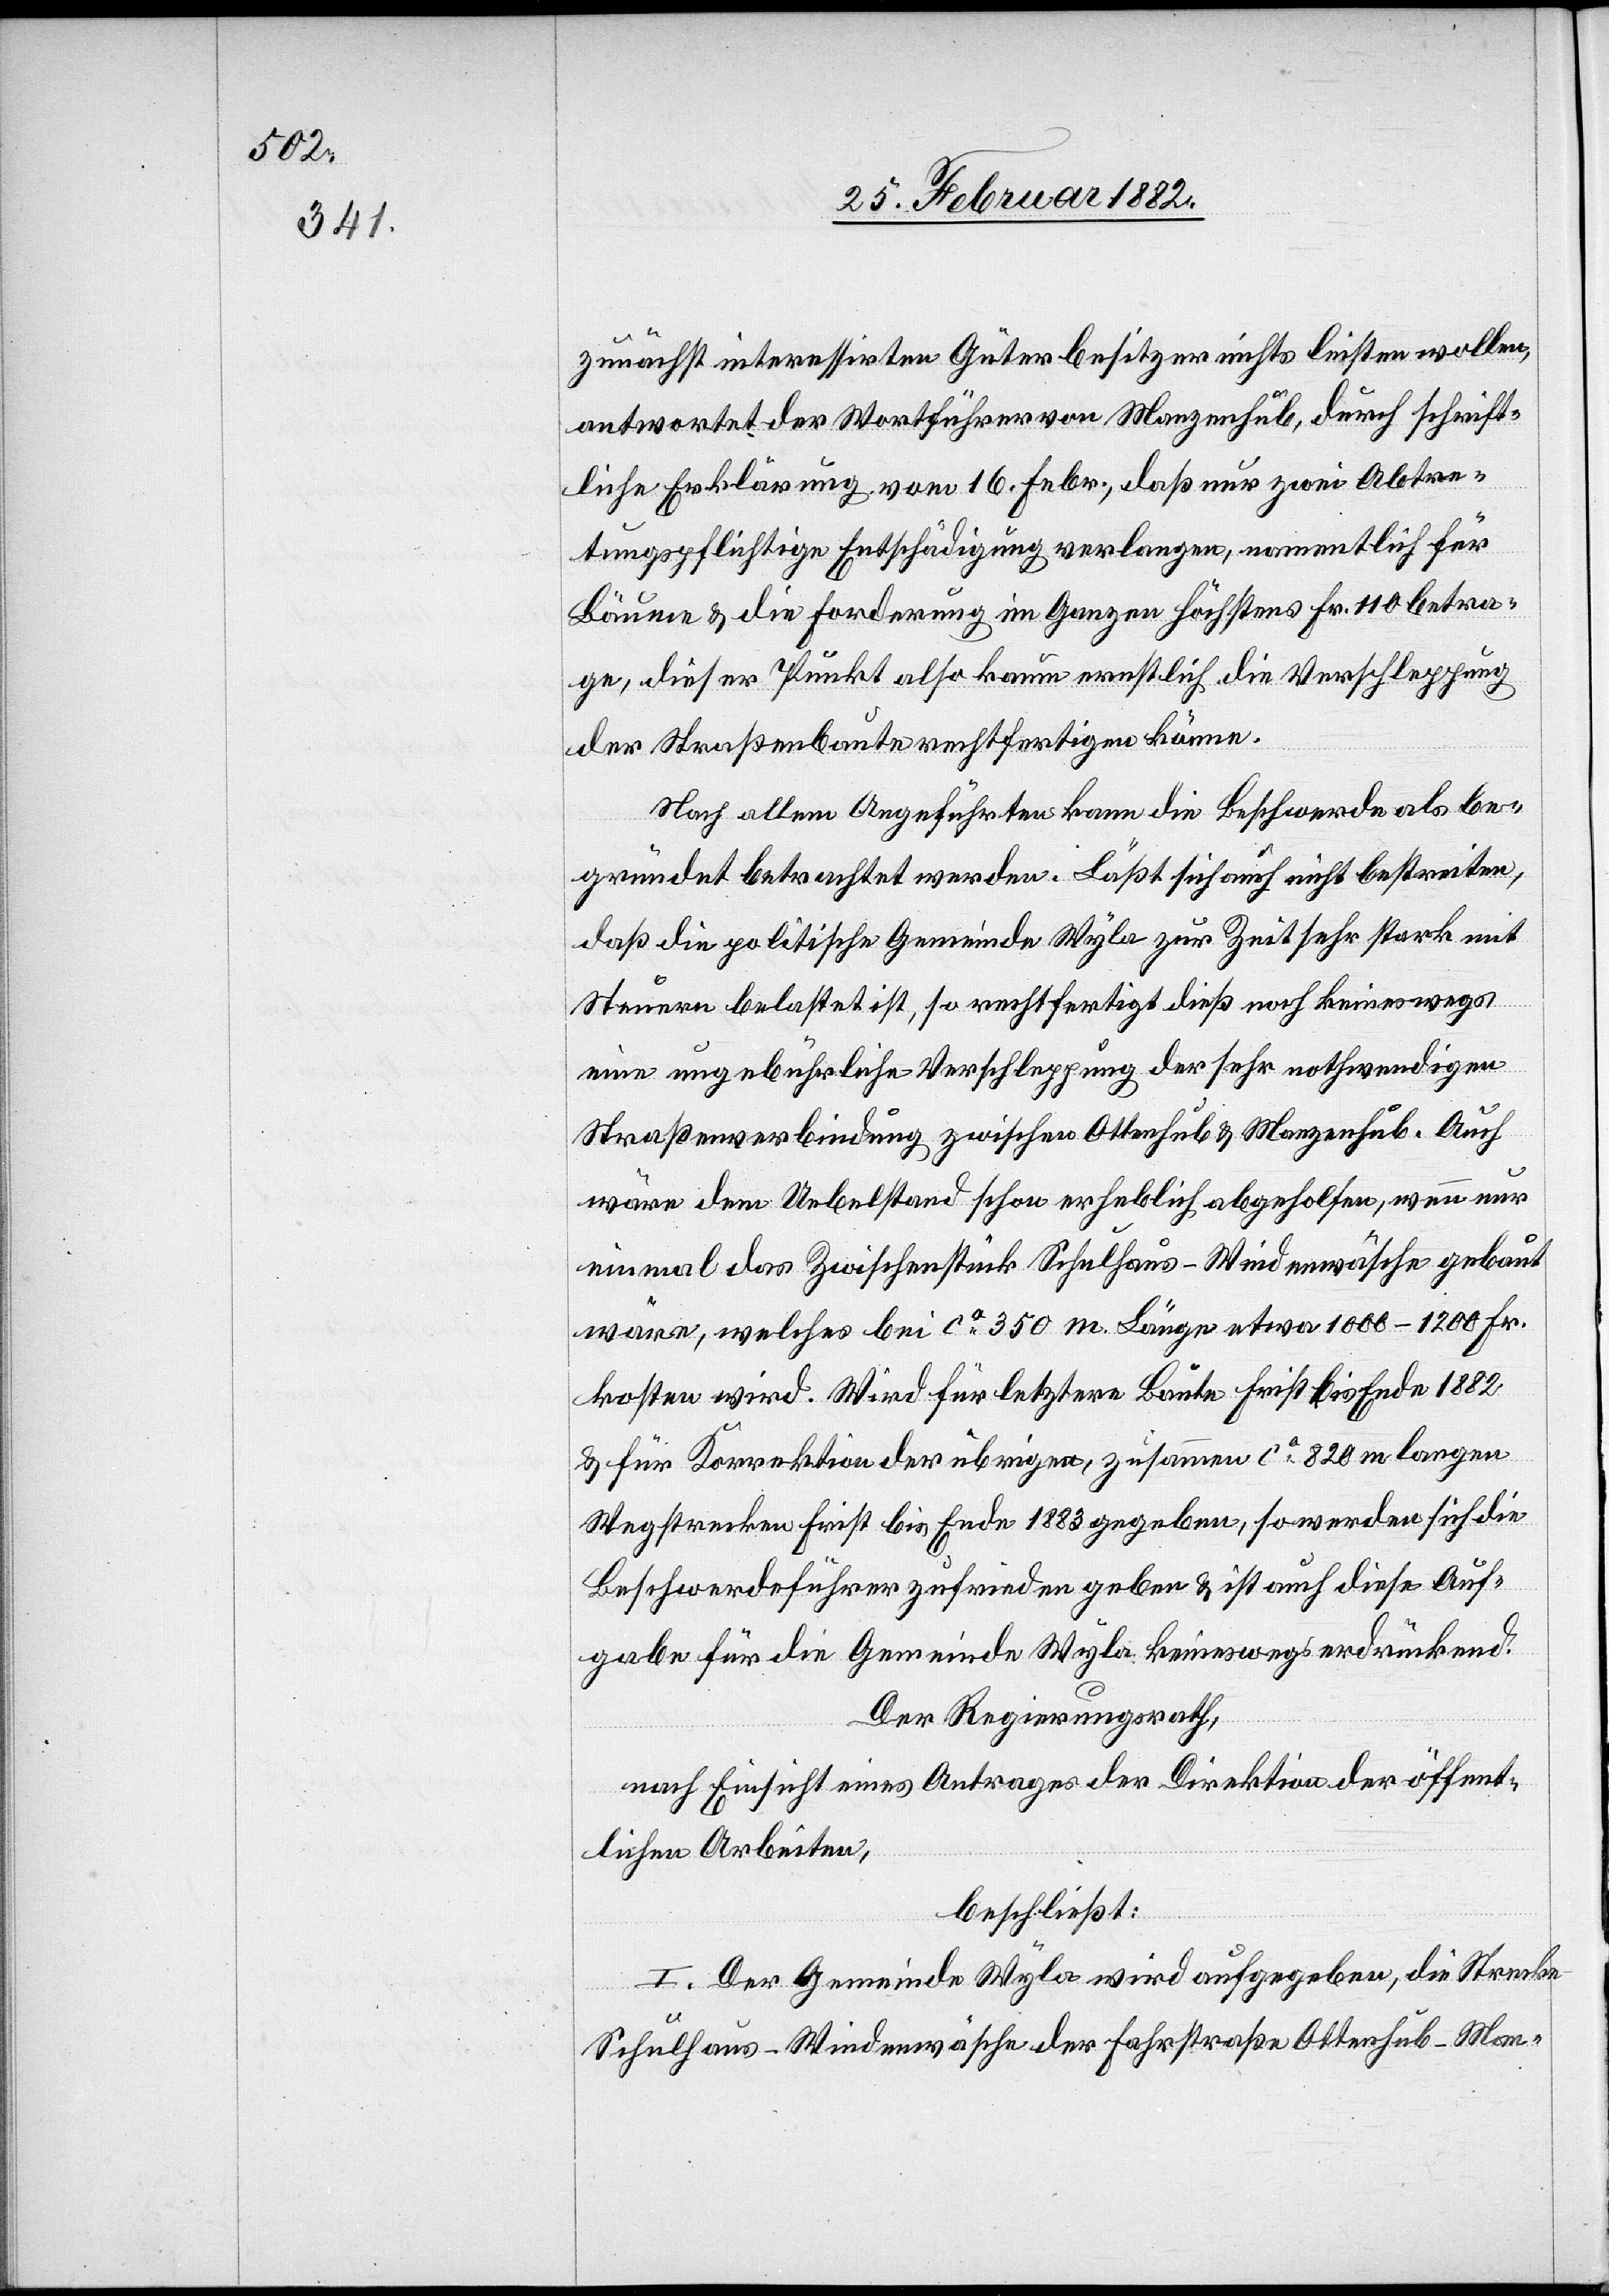
zunächst interessierten Güterbesitzer nichts leisten wollen,
antwortet der Wortführer von Manzenhub, durch schrift¬
liche Erklärung vom 16. Febr., daß nur zwei Abtre¬
tungspflichtige Entschädigung verlangen, namentlich für
Bäume & die Forderung im Ganzen höchstens Fr. 110 betra¬
ge, dieser Punkt also kaum rechtlich die Verschleppung
der Straßenbaute rechtfertigen könne.
Nach allem Angeführten kann die Beschwerde als be¬
gründet betrachtet werden. Läßt sich auch nicht bestreiten,
daß die politische Gemeinde Wyla zur Zeit sehr stark mit
Steuern belastet ist, so rechtfertigt dieß noch keineswegs
eine ungebührliche Verschleppung der sehr nothwendigen
Straßenverbindung zwischen Ottenhub & Manzenhub. Auch
wäre dem Uebelstande schon erheblich abgeholfen, wenn nur
einmal das Zwischenstück Schulhaus–Wiedenwäsche gebaut
wäre, welches bei ca 350m Länge etwa 1000–1200 Fr.
kosten wird. Wird für letztere Baute Frist bis Ende 1882
& für Korrektion der übrigen, zusammen ca 820m langen
Wegstrecke Frist bis Ende 1883 gegeben, so werden sich die
Beschwerdeführer zufrieden geben & ist auch diese Auf¬
gabe für die Gemeinde Wyla keineswegs erdrückend.
Der Regierungsrath,
nach Einsicht eines Antrags der Direktion der öffent¬
lichen Arbeiten,
beschließt:
I. Der Gemeinde Wyla wir aufgegeben, die Strecke
Schulhaus–Wiedenwäsche der Fahrstraße Ottenhub–Man-